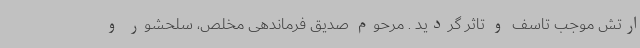
ارتش موجب تاسف و تاثر گردید . مرحوم صدیق فرماندهی مخلص، سلحشور و